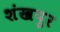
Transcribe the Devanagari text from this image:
शंखपुर